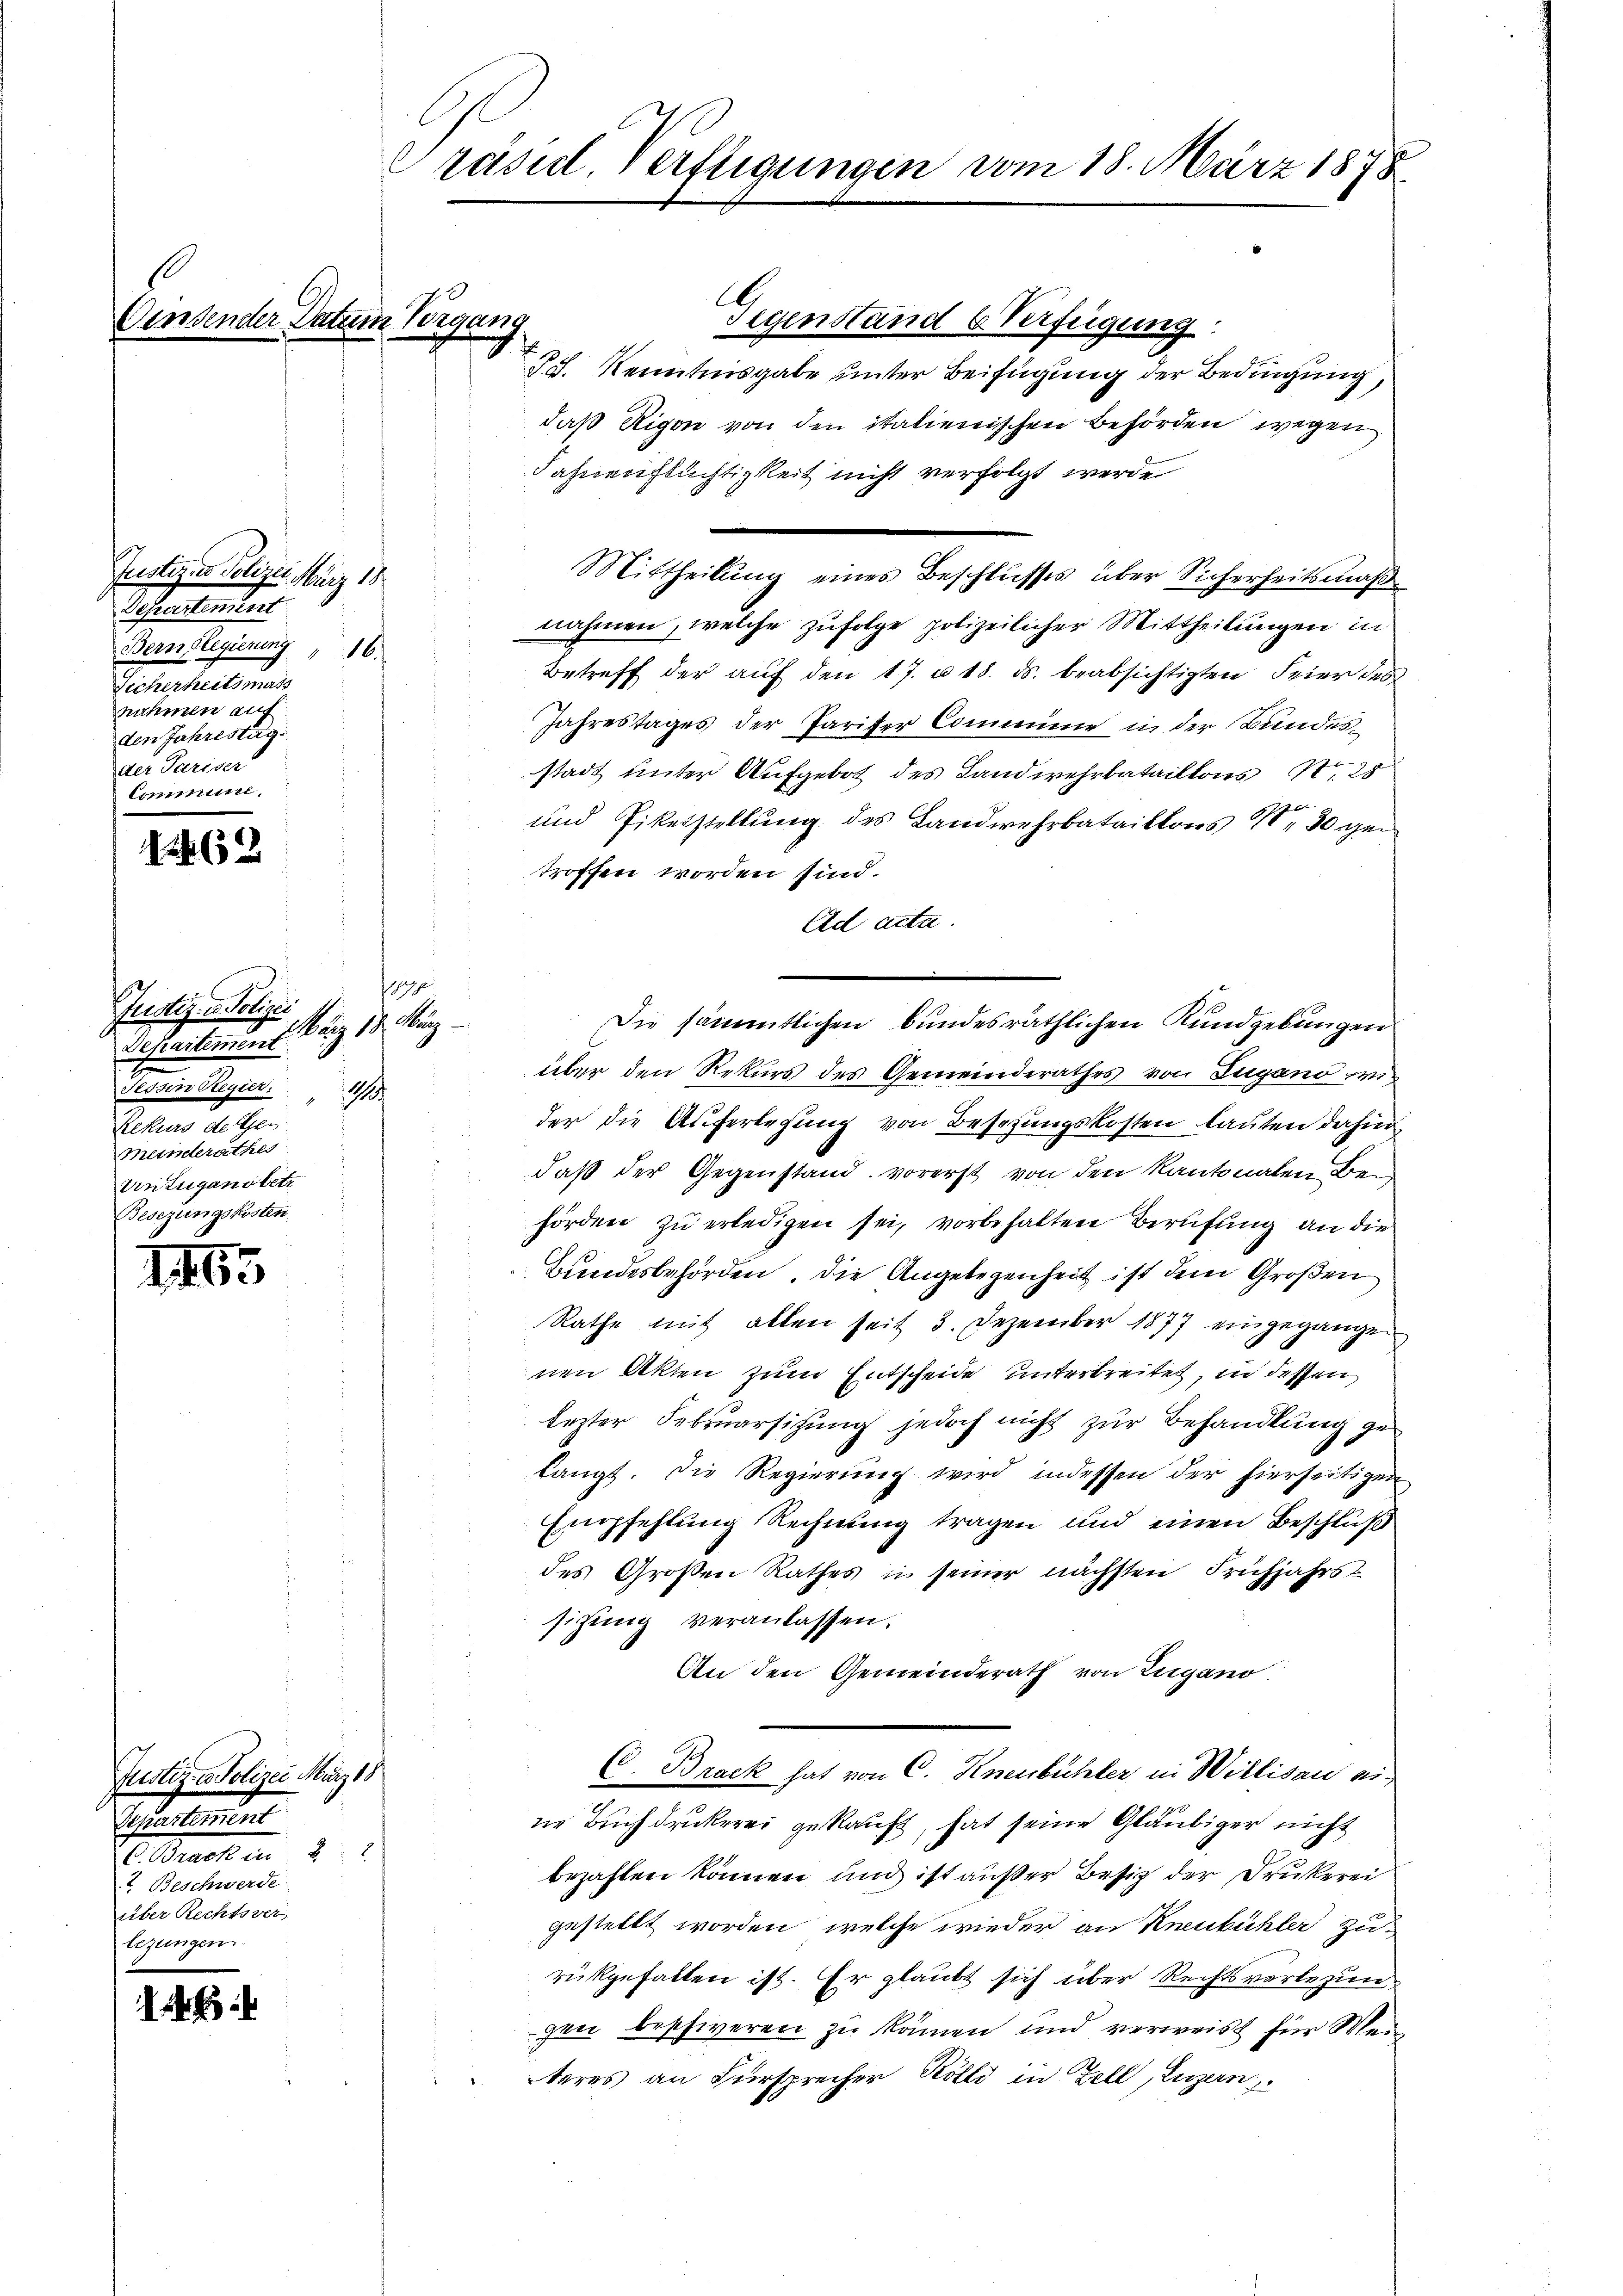
Ae

1463

1465

wender Datum Vorgang

Justiz - Polizei März 18
Sachentiunter
Bern legierung 16.
Gehschule mach
nahmen auf
den Jahrestag.
e

Präsid. Verfügungen vom 18. März 1878

Justiz- u. Polizei
Departement
Tessin Regier
11
Kelkurs de Gen
Menderathes
von Zugano betr
Besezungskosten

Justiz- & Polizei März 18
Departement
H. Brachen. 2.
I. Beschwerde
über Rechtsver
lezungen.

1879.
Neg 19. Aug

ch

Gegenstand 6. Verfügung:
§8. Kenntnisgabe unter Beifügung der Bedingung,
daß Rigon von den italienischen Behörden wegen
Fahnenflüchtigkeit nicht verfolgt werde
nahmen, welche zufolge polizeilicher Mittheilungen in
Betreff der aŭf den 17. u 18. ds. beabsichtigten Feier des
Jahrestages der Pariser Commine in der Bundesstadt unter Aufgebot des Landwehrbataillons N. 25
und Pikerstellung des Landwehrbataillons No 30 gei
troffen worden sind.
Ad acta
über den Rekurs des Gemeinderathes von Lugano wir
der die Auferlegung von Beschungskosten lauten dahin,
daß der Gegenstand vorerst von den Kantonalen Behörden zu erledigen sei, vorbehalten Berufung an die
Bundesbehörden, die Angelegenheit ist dem Großen
Rathe mit allen seit 3. Dezember 1877 eingegangen
nen Akten zum Entscheide unterbreitet, in dessen,
lezter Februarsitzung jedoch nicht zur Behandlung gelangt. Die Regierung wird indessen der hierseitigen,
Empfehlung Rechnung tragen und einen Beschluß
des Großen Rathes in seiner nächsten Frühjahrst
sitzung veranlassen.
An den Gemeinderath von Zugano
(d. Brack hat von C. Knenbichler in Willisau eine Buchdruckerei gekauft, hat seine Gläubiger nicht
bezahlen können und ist außer Besitz der Drukerei
gestellt worden, welche wieder an Kneukühler zurükgefallen ist. Er glaubt sich über Rechtsverlegungen beschweren zu kämen und verweist für Wein
teres an Fürsprecher Kölli in Zell, Luzern

Mittheilung eines Beschlusses über Sicherheitsmaß

Die sämmtlichen bundesräthlichen Kundgebungen